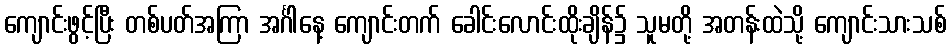
ကျောင်းဖွင့်ပြီး တစ်ပတ်အကြာ အင်္ဂါနေ့ ကျောင်းတက် ခေါင်းလောင်းထိုးချိန်၌ သူမတို့ အတန်းထဲသို့ ကျောင်းသားသစ်